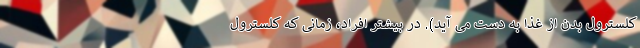
کلسترول بدن از غذا به دست می آید). در بیشتر افراد، زمانی که کلسترول